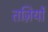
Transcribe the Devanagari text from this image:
तज़ियों